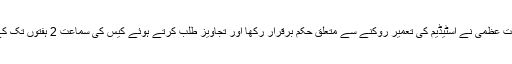
سماعت کے بعد عدالت عظمیٰ نے اسٹیڈیم کی تعمیر روکنے سے متعلق حکم برقرار رکھا اور تجاویز طلب کرتے ہوئے کیس کی سماعت 2 ہفتوں تک کے لیے ملتوی کردی۔